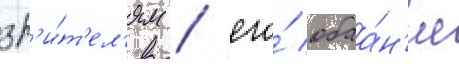
зр'и́т'ел'ям / его́ обаа́н'ие